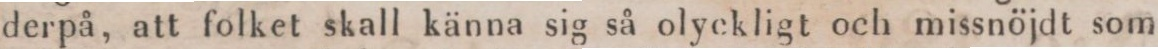
derpå, att folket skall känna sig så olyckligt och missnöjdt som